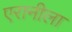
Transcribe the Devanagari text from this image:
एरानीला